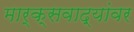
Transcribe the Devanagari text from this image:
मार्क्‍सवाद्यांवर